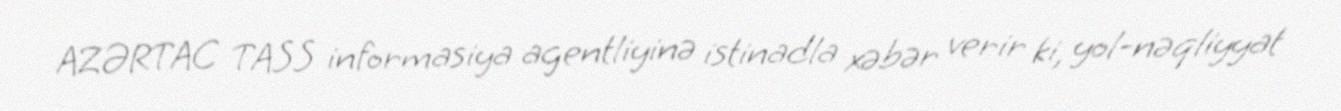
AZƏRTAC TASS informasiya agentliyinə istinadla xəbər verir ki, yol-nəqliyyat